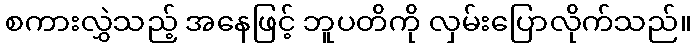
စကားလွှဲသည့် အနေဖြင့် ဘူပတိကို လှမ်းပြောလိုက်သည်။